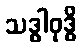
သဒ္ဓါဝုဒ္ဓိ